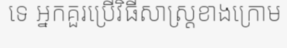
ទេ អ្នកគួរប្រើវិធីសាស្ត្រខាងក្រោម